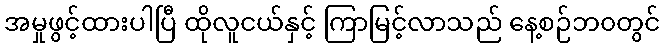
အမှုဖွင့်ထားပါပြီ ထိုလူငယ်နှင့် ကြာမြင့်လာသည် နေ့စဉ်ဘ၀တွင်